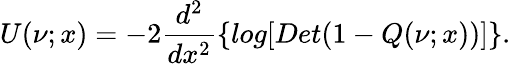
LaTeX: U(\nu;x)=-2\frac{d^{2}}{dx^{2}}\{ log[Det(1-Q(\nu;x))]\} .